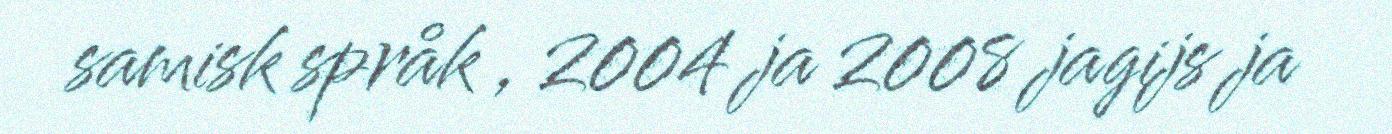
samisk språk , 2004 ja 2008 jagijs ja